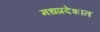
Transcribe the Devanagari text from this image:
मधप्रदेशात